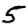
Digit: 5